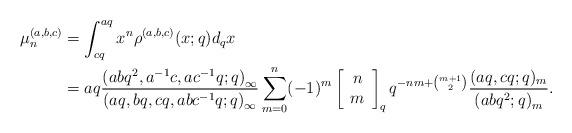
LaTeX: \begin{align*}\mu_{n}^{(a,b,c)}&=\int_{cq}^{aq}x^n \rho^{(a,b,c)}(x;q)d_qx\\&=a q \frac{\left(a b q^{2}, a^{-1} c, a c^{-1} q ; q\right)_{\infty}}{\left(a q, b q, c q, a b c^{-1} q ; q\right)_{\infty}} \sum_{m=0}^{n}(-1)^{m}\left[\begin{array}{c}n \\m\end{array}\right]_{q} q^{-n m+\binom{m+1}{2}} \frac{(a q, c q ; q)_{m}}{\left(a b q^{2} ; q\right)_{m}}.\end{align*}